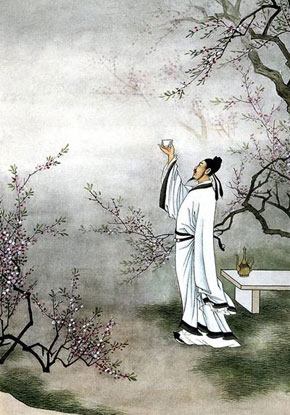
何以解忧？唯有杜康。